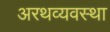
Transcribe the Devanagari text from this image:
अरथव्यवस्था